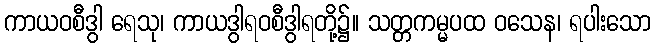
ကာယဝစီဒွါ ရေသု၊ ကာယဒွါရဝစီဒွါရတို့၌။ သတ္တကမ္မပထ ဝသေန၊ ရပါးသော